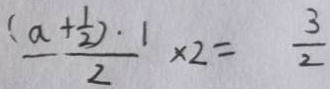
\frac { ( a + \frac { 1 } { 2 } ) \cdot 1 } { 2 } \times 2 = \frac { 3 } { 2 }